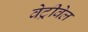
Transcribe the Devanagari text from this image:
वेट्रीवेल